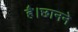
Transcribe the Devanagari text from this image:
है।छानने